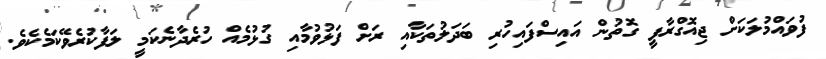
ފުވައްމުލަކަށް ޖިއޮގްރާފީ ގޮތުން އައިސްފައިހުރި ބަދަލުތަކާއި ރަށް ފަޅުވުމާއި ގުޅުމެއް ހުރެދާނެކަމީ ލަފާކުރެވޭކަމެކެވެ.